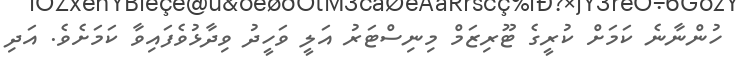
ހުންނާނެ ކަމަށް ކުރީގެ ޓޫރިޒަމް މިނިސްޓަރު އަލީ ވަހީދު ވިދާޅުވެފައިވާ ކަމަށެވެ. އަދި